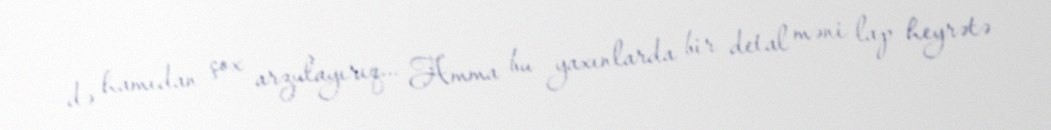
də hamıdan çox arzulayırıq... Amma bu yaxınlarda bir detal məni lap heyrətə